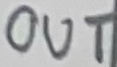
Text: OUT